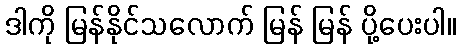
ဒါကို မြန်နိုင်သလောက် မြန် မြန် ပို့ပေးပါ။